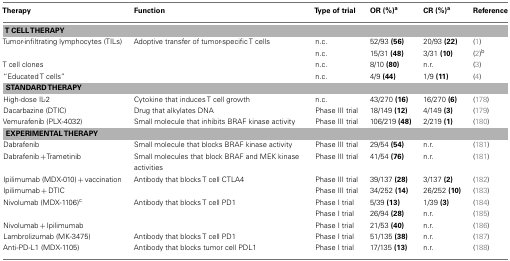
| Therapy | Function | Type of trial | OR (%)a | CR (%)a | Reference |
 | --- | --- | --- | --- | --- | --- |
 | <COLSPAN=6> T CELL THERAPY |
 | Tumor-infiltrating lymphocytes (TILs) | Adoptive transfer of tumor-specific T cells | n.c. | 52/93 (56) | 20/93 (22) | (1) |
 |  |  | n.c. | 15/31 (48) | 3/31 (10) | (2)b |
 | T cell clones |  | n.c. | 8/10 (80) | n.r. | (3) |
 | “Educated T cells” |  | n.c. | 4/9 (44) | 1/9 (11) | (4) |
 | <COLSPAN=6> STANDARD THERAPY |
 | High-dose IL-2 | Cytokine that induces T cell growth | n.c. | 43/270 (16) | 16/270 (6) | (178) |
 | Dacarbazine (DTIC) | Drug that alkylates DNA | Phase III trial | 18/149 (12) | 4/149 (3) | (179) |
 | Vemurafenib (PLX-4032) | Small molecule that inhibits BRAF kinase activity | Phase III trial | 106/219 (48) | 2/219 (1) | (180) |
 | <COLSPAN=6> EXPERIMENTAL THERAPY |
 | Dabrafenib | Small molecule that blocks BRAF kinase activity | Phase III trial | 29/54 (54) | n.r. | (181) |
 | Dabrafenib + Trametinib | Small molecules that block BRAF and MEK kinase activities | Phase III trial | 41/54 (76) | n.r. | (181) |
 | Ipilimumab (MDX-010) + vaccination | Antibody that blocks T cell CTLA4 | Phase III trial | 39/137 (28) | 3/137 (2) | (182) |
 | Ipilimumab + DTIC |  | Phase III trial | 34/252 (14) | 26/252 (10) | (183) |
 | Nivolumab (MDX-1106)c | Antibody that blocks T cell PD1 | Phase I trial | 5/39 (13) | 1/39 (3) | (184) |
 |  |  | Phase I trial | 26/94 (28) | n.r. | (185) |
 | Nivolumab + Ipilimumab |  | Phase I trial | 21/53 (40) | n.r. | (186) |
 | Lambrolizumab (MK-3475) | Antibody that blocks T cell PD1 | Phase I trial | 51/135 (38) | n.r. | (187) |
 | Anti-PD-L1 (MDX-1105) | Antibody that blocks tumor cell PDL1 | Phase I trial | 17/135 (13) | n.r. | (188) |